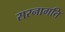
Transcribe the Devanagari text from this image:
सरनागति